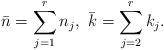
LaTeX: \begin{align*}\bar{n}=\sum_{j=1}^{r}n_{j},\thinspace\thinspace\bar{k}=\sum_{j=2}^{r}k_{j}.\end{align*}